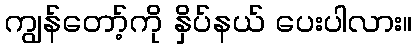
ကျွန်တော့်ကို နှိပ်နယ် ပေးပါလား။